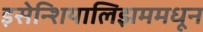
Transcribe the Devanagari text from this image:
इसेन्शियालिझममधून